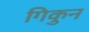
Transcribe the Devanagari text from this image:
गिकुन